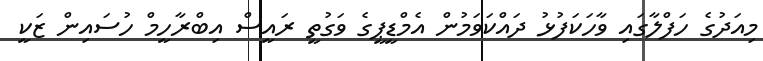
މިއަދުގެ ހަފްލާގައި ވާހަކަފުޅު ދައްކަވަމުން އެމްޑީޕީގެ ވަގުތީ ރައީސް އިބްރާހީމް ހުސައިން ޒަކީ